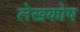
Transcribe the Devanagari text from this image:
लेखकोष